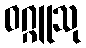
ဝဂ္ဂူသု